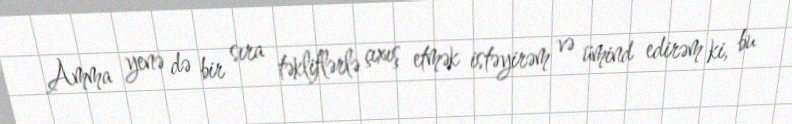
Amma yenə də bir sıra təkliflərlə çıxış etmək istəyirəm və ümind edirəm ki, bu